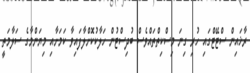
ރާޚައިން ސްޓޭޓްގައި ހުރި ގިނަ މިސްކިތްތައްވެސް ބުދިސްޓުން ހަލާކުކޮށްލާފައިވާ ކަމަށާއި މިޔަންމާގެ ސަލާމަތީ